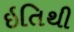
ઇતિથી